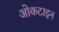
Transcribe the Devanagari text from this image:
ओकटाइन